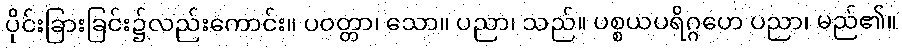
ပိုင်းခြားခြင်း၌လည်းကောင်း။ ပဝတ္တာ၊ သော။ ပညာ၊ သည်။ ပစ္စယပရိဂ္ဂဟေ ပညာ၊ မည်၏။